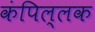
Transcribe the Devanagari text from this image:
कंपिल्लक